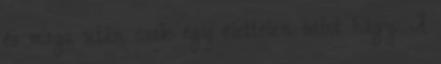
és maga után csak egy élettelen bábot hagy. A